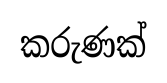
කරුණක්